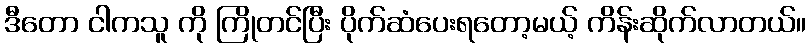
ဒီတော ငါကသူ ကို ကြိုတင်ပြီး ပိုက်ဆံပေးရတော့မယ့် ကိန်းဆိုက်လာတယ်။